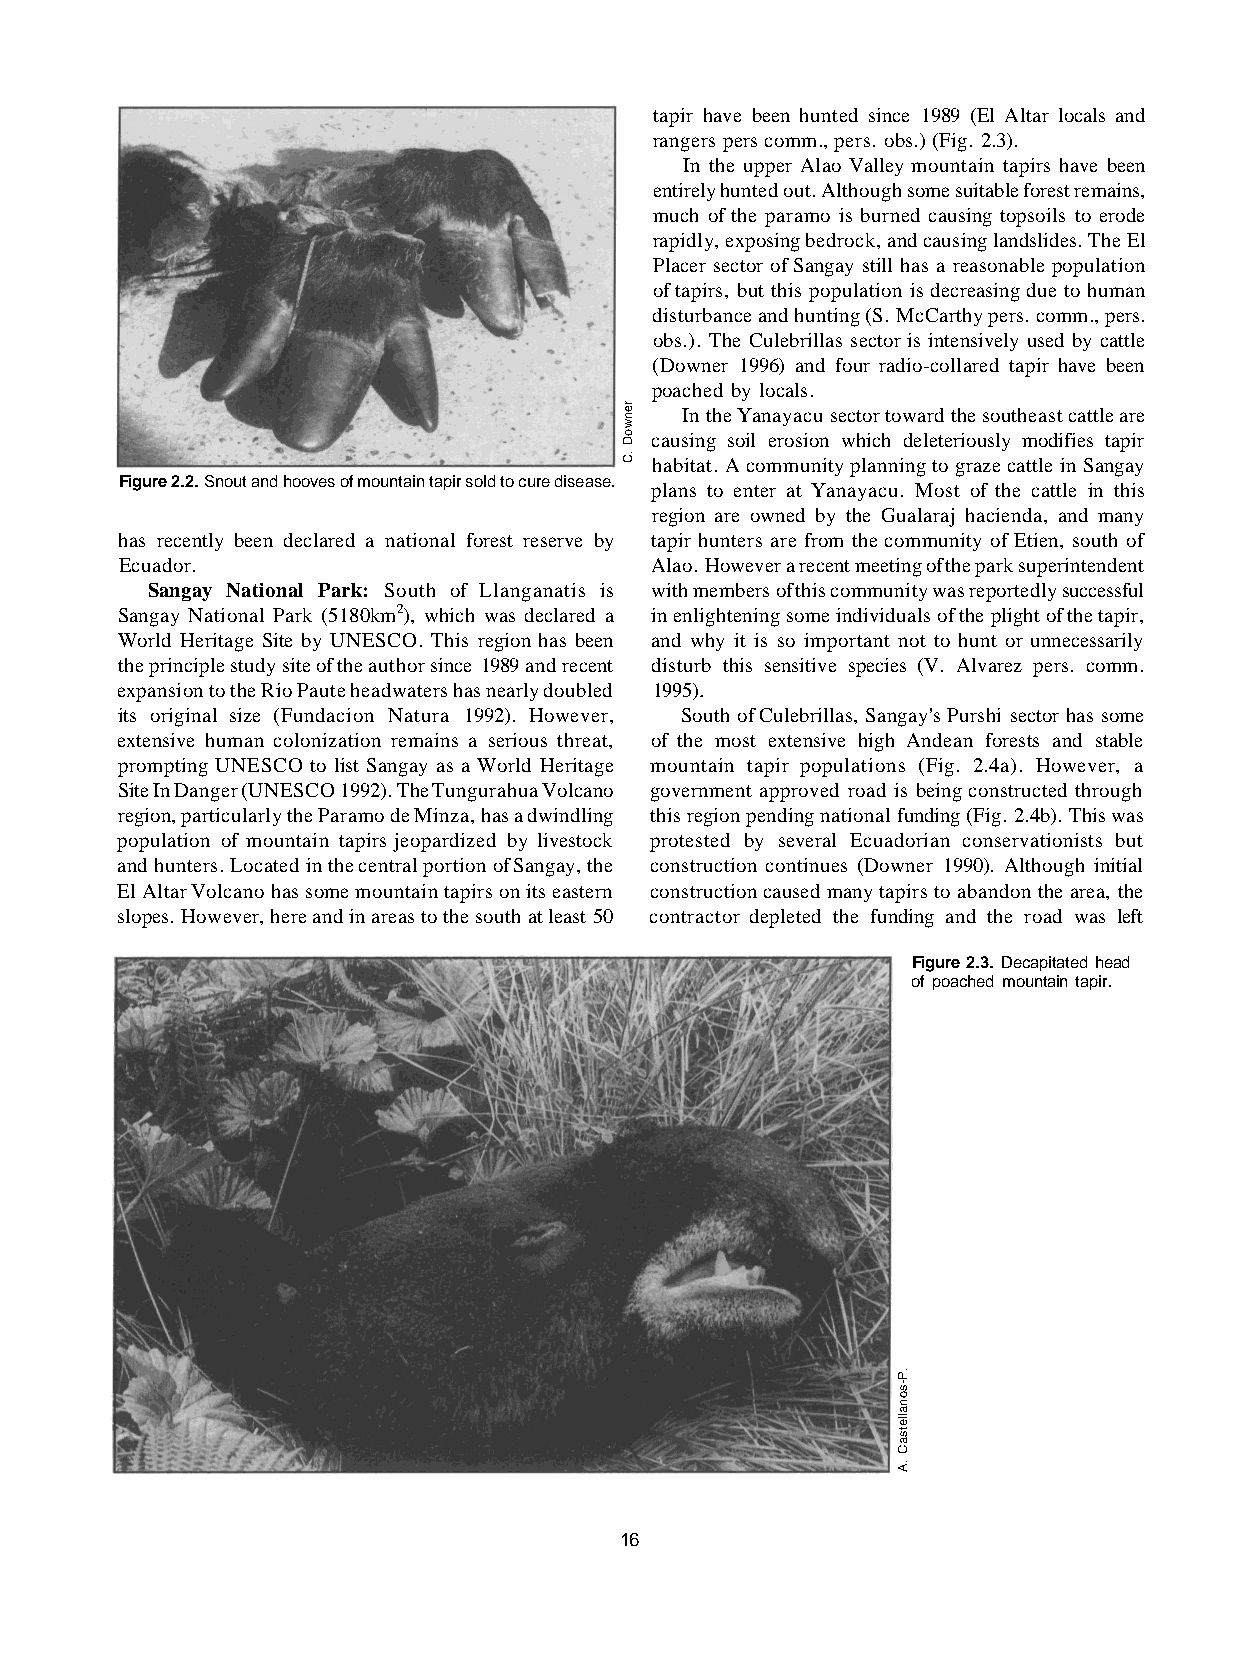
tapir have been hunted since 1989 (El Altar locals and
 rangers pers comm., pers. obs.) (Fig. 2.3).
 In the upper Alao Valley mountain tapirs have been
 entirely hunted out. Although some suitable forest remains,
 much of the paramo is burned causing topsoils to erode
 rapidly, exposing bedrock, and causing landslides. The El
 Placer sector of Sangay still has a reasonable population
 of tapirs, but this population is decreasing due to human
 disturbance and hunting (S. McCarthy pers. comm., pers.
 obs.). The Culebrillas sector is intensively used by cattle
 (Downer 1996) and four radio-collared tapir have been
 poached by locals.
 In the Yanayacu sector toward the southeast cattle are
 causing soil erosion which deleteriously modifies tapir
 habitat. A community planning to graze cattle in Sangay
 Figure 2.2. Snout and hooves of mountain tapir sold to cure disease.
 plans to enter at Yanayacu. Most of the cattle in this
 region are owned by the Gualaraj hacienda, and many
 has recently been declared a national forest reserve by tapir hunters are from the community of Etien, south of
 Ecuador.                           Alao. However a recent meeting of the park superintendent
 Sangay National Park: South of Llanganatis is with members of this community was reportedly successful
 Sangay National Park (5180km2), which was declared a in enlightening some individuals of the plight of the tapir,
 World Heritage Site by UNESCO. This region has been and why it is so important not to hunt or unnecessarily
 the principle study site of the author since 1989 and recent disturb this sensitive species (V. Alvarez pers. comm.
 expansion to the Rio Paute headwaters has nearly doubled 1995).
 its original size (Fundacion Natura 1992). However, South of Culebrillas, Sangay's Purshi sector has some
 extensive human colonization remains a serious threat, of the most extensive high Andean forests and stable
 prompting UNESCO to list Sangay as a World Heritage mountain tapir populations (Fig. 2.4a). However, a
 Site In Danger (UNESCO 1992). The Tungurahua Volcano government approved road is being constructed through
 region, particularly the Paramo de Minza, has a dwindling this region pending national funding (Fig. 2.4b). This was
 population of mountain tapirs jeopardized by livestock protested by several Ecuadorian conservationists but
 and hunters. Located in the central portion of Sangay, the construction continues (Downer 1990). Although initial
 El Altar Volcano has some mountain tapirs on its eastern construction caused many tapirs to abandon the area, the
 slopes. However, here and in areas to the south at least 50 contractor depleted the funding and the road was left
 Figure 2.3. Decapitated head
 of poached mountain tapir.
 16
 renwoD
 .C
 .P-sonalletsaC
 .A